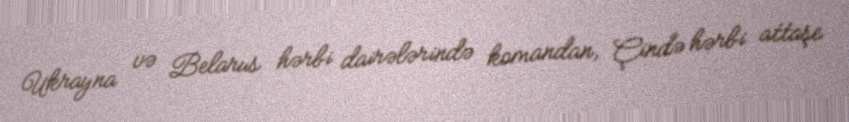
Ukrayna və Belarus hərbi dairələrində komandan, Çində hərbi attaşe